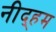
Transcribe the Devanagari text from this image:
नीद्हम